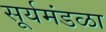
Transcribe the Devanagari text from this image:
सूर्यमंडळा